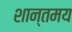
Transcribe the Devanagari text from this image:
शान्तमय